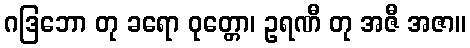
ဂဒြဘော တု ခရော ဝုတ္တော၊ ဥရဏီ တု အဇီ အဇာ။